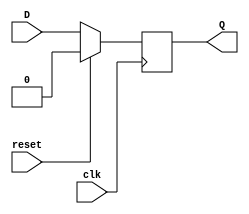
module d_ff (
    input wire clk,
    input wire reset,
    input wire D,
    output reg Q
);

always @(posedge clk) begin
    if (reset) begin
        Q <= 1'b0;
    end else begin
        Q <= D;
    end
end

endmodule